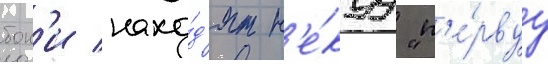
бон'и нахо́д'ят н'е́куу "п'е́рвуу